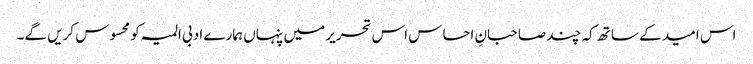
اس امید کے ساتھ کہ چند صاحبانِ احساس اس تحریر میں پنہاں ہمارے ادبی المیہ کو محسوس کریں گے۔